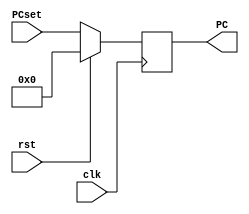
`timescale 10ns / 1ns

module pc(
	input  rst,
	input  clk,
    input [31:0] PCset,
	output reg[31:0] PC
);

    always@(posedge clk)
    begin
      if(rst)
        begin
            PC<=0;
        end
    else
        begin
            PC<=PCset;
        end
    end

endmodule